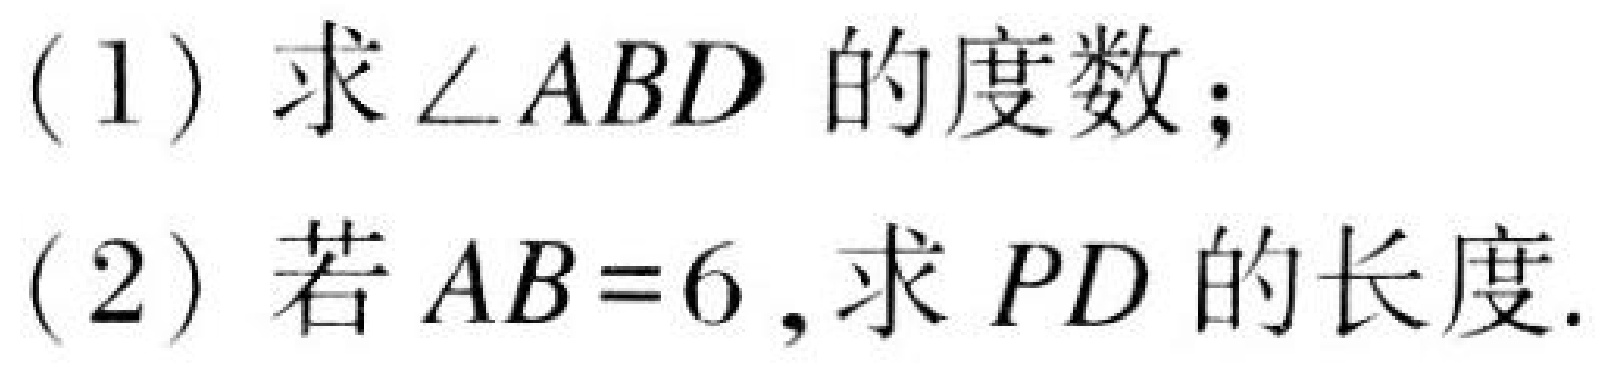
(1) 求$\angle ABD$ 的度数；
(2) 若$AB = 6$, 求$PD$ 的长度.